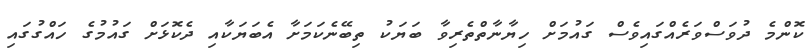
ކޮންމެ ދުވަސްވަރެއްގައިވެސް ގައުމަށް ހިޔާނާތްތެރިވާ ބަޔަކު ތިބޭނެކަމަށާ އެބަޔަކާއި ދެކޮޅަށް ގައުމުގެ ހައްގުގައި